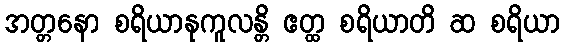
အတ္တနော စရိယာနုကူလန္တိ ဧတ္ထ စရိယာတိ ဆ စရိယာ